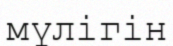
мүлігін